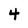
Character: 4